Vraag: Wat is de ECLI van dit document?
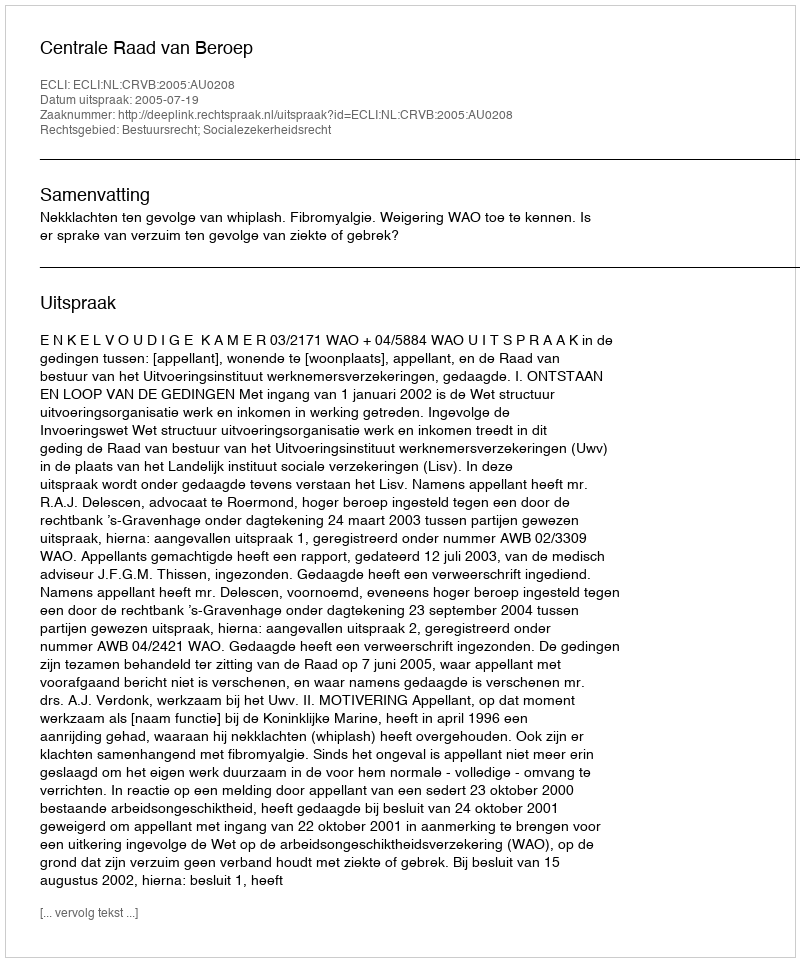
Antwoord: ECLI:NL:CRVB:2005:AU0208